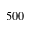
5 0 0